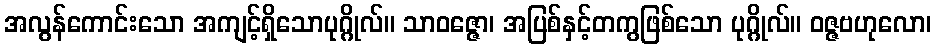
အလွန်ကောင်းသော အကျင့်ရှိသောပုဂ္ဂိုလ်။ သာဝဇ္ဇော၊ အပြစ်နှင့်တကွဖြစ်သော ပုဂ္ဂိုလ်။ ဝဇ္ဇဗဟုလော၊